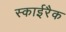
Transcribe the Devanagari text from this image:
स्काईरैक